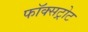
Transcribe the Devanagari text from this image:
फॉक्सट्रोट